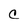
Character: C